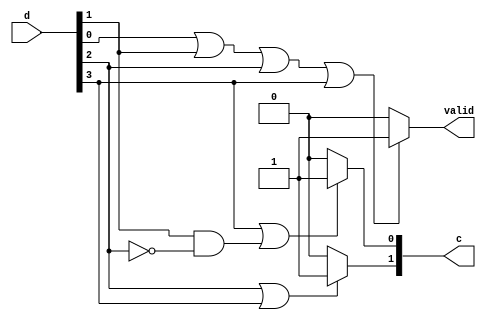
// Gate level description of 4 bit priority encoder
module priority_encoder_behaviour(valid, c, d);
    output reg valid;
    output reg [1:0] c;
    input [3:0] d;
    
    always @(d) begin
        valid = 0;

        // set valid bit
        if (d[0] || d[1] || d[2] || d[3])
            valid = 1'b1;
        else
            valid = 1'b0;
    
        //set x(c[1])
        if (d[2] == 1 || d[3] == 1)
            c[1] = 1'b1;
        else
            c[1] = 1'b0;
    

        //set y(c[0])
        if (d[3] || (d[1] & ~(d[2])))
            c[0] = 1'b1;
        else
            c[0] = 1'b0;
    end
    
endmodule

module priority_encoder_behaviour_tb;
    reg [3:0] in;
    wire [1:0] f;
    wire v;
    //Instantiate UUT
    priority_encoder_behaviour UUT(v, f, in);

    //stimulus block
    initial
        begin
            in = 4'b0000;
            repeat(15) #10 in = in + 1'b1;
        end
    initial $monitor("input = %b, valid = %b, output = %b", in, v, f);
endmodule